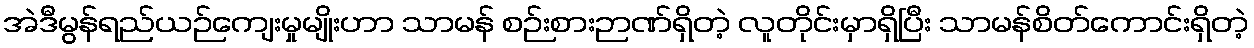
အဲဒီမွန်ရည်ယဉ်ကျေးမှုမျိုးဟာ သာမန် စဉ်းစားဉာဏ်ရှိတဲ့ လူတိုင်းမှာရှိပြီး သာမန်စိတ်ကောင်းရှိတဲ့